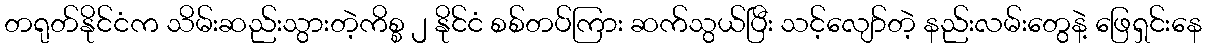
တရုတ်နိုင်ငံက သိမ်းဆည်းသွားတဲ့ကိစ္စ ၂ နိုင်ငံ စစ်တပ်ကြား ဆက်သွယ်ပြီး သင့်လျော်တဲ့ နည်းလမ်းတွေနဲ့ ဖြေရှင်းနေ